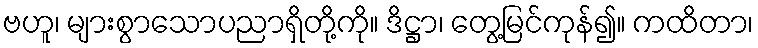
ဗဟူ၊ များစွာသောပညာရှိတို့ကို။ ဒိဋ္ဌာ၊ တွေ့မြင်ကုန်၍။ ကထိတာ၊